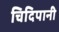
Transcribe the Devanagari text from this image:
चिदिपानी